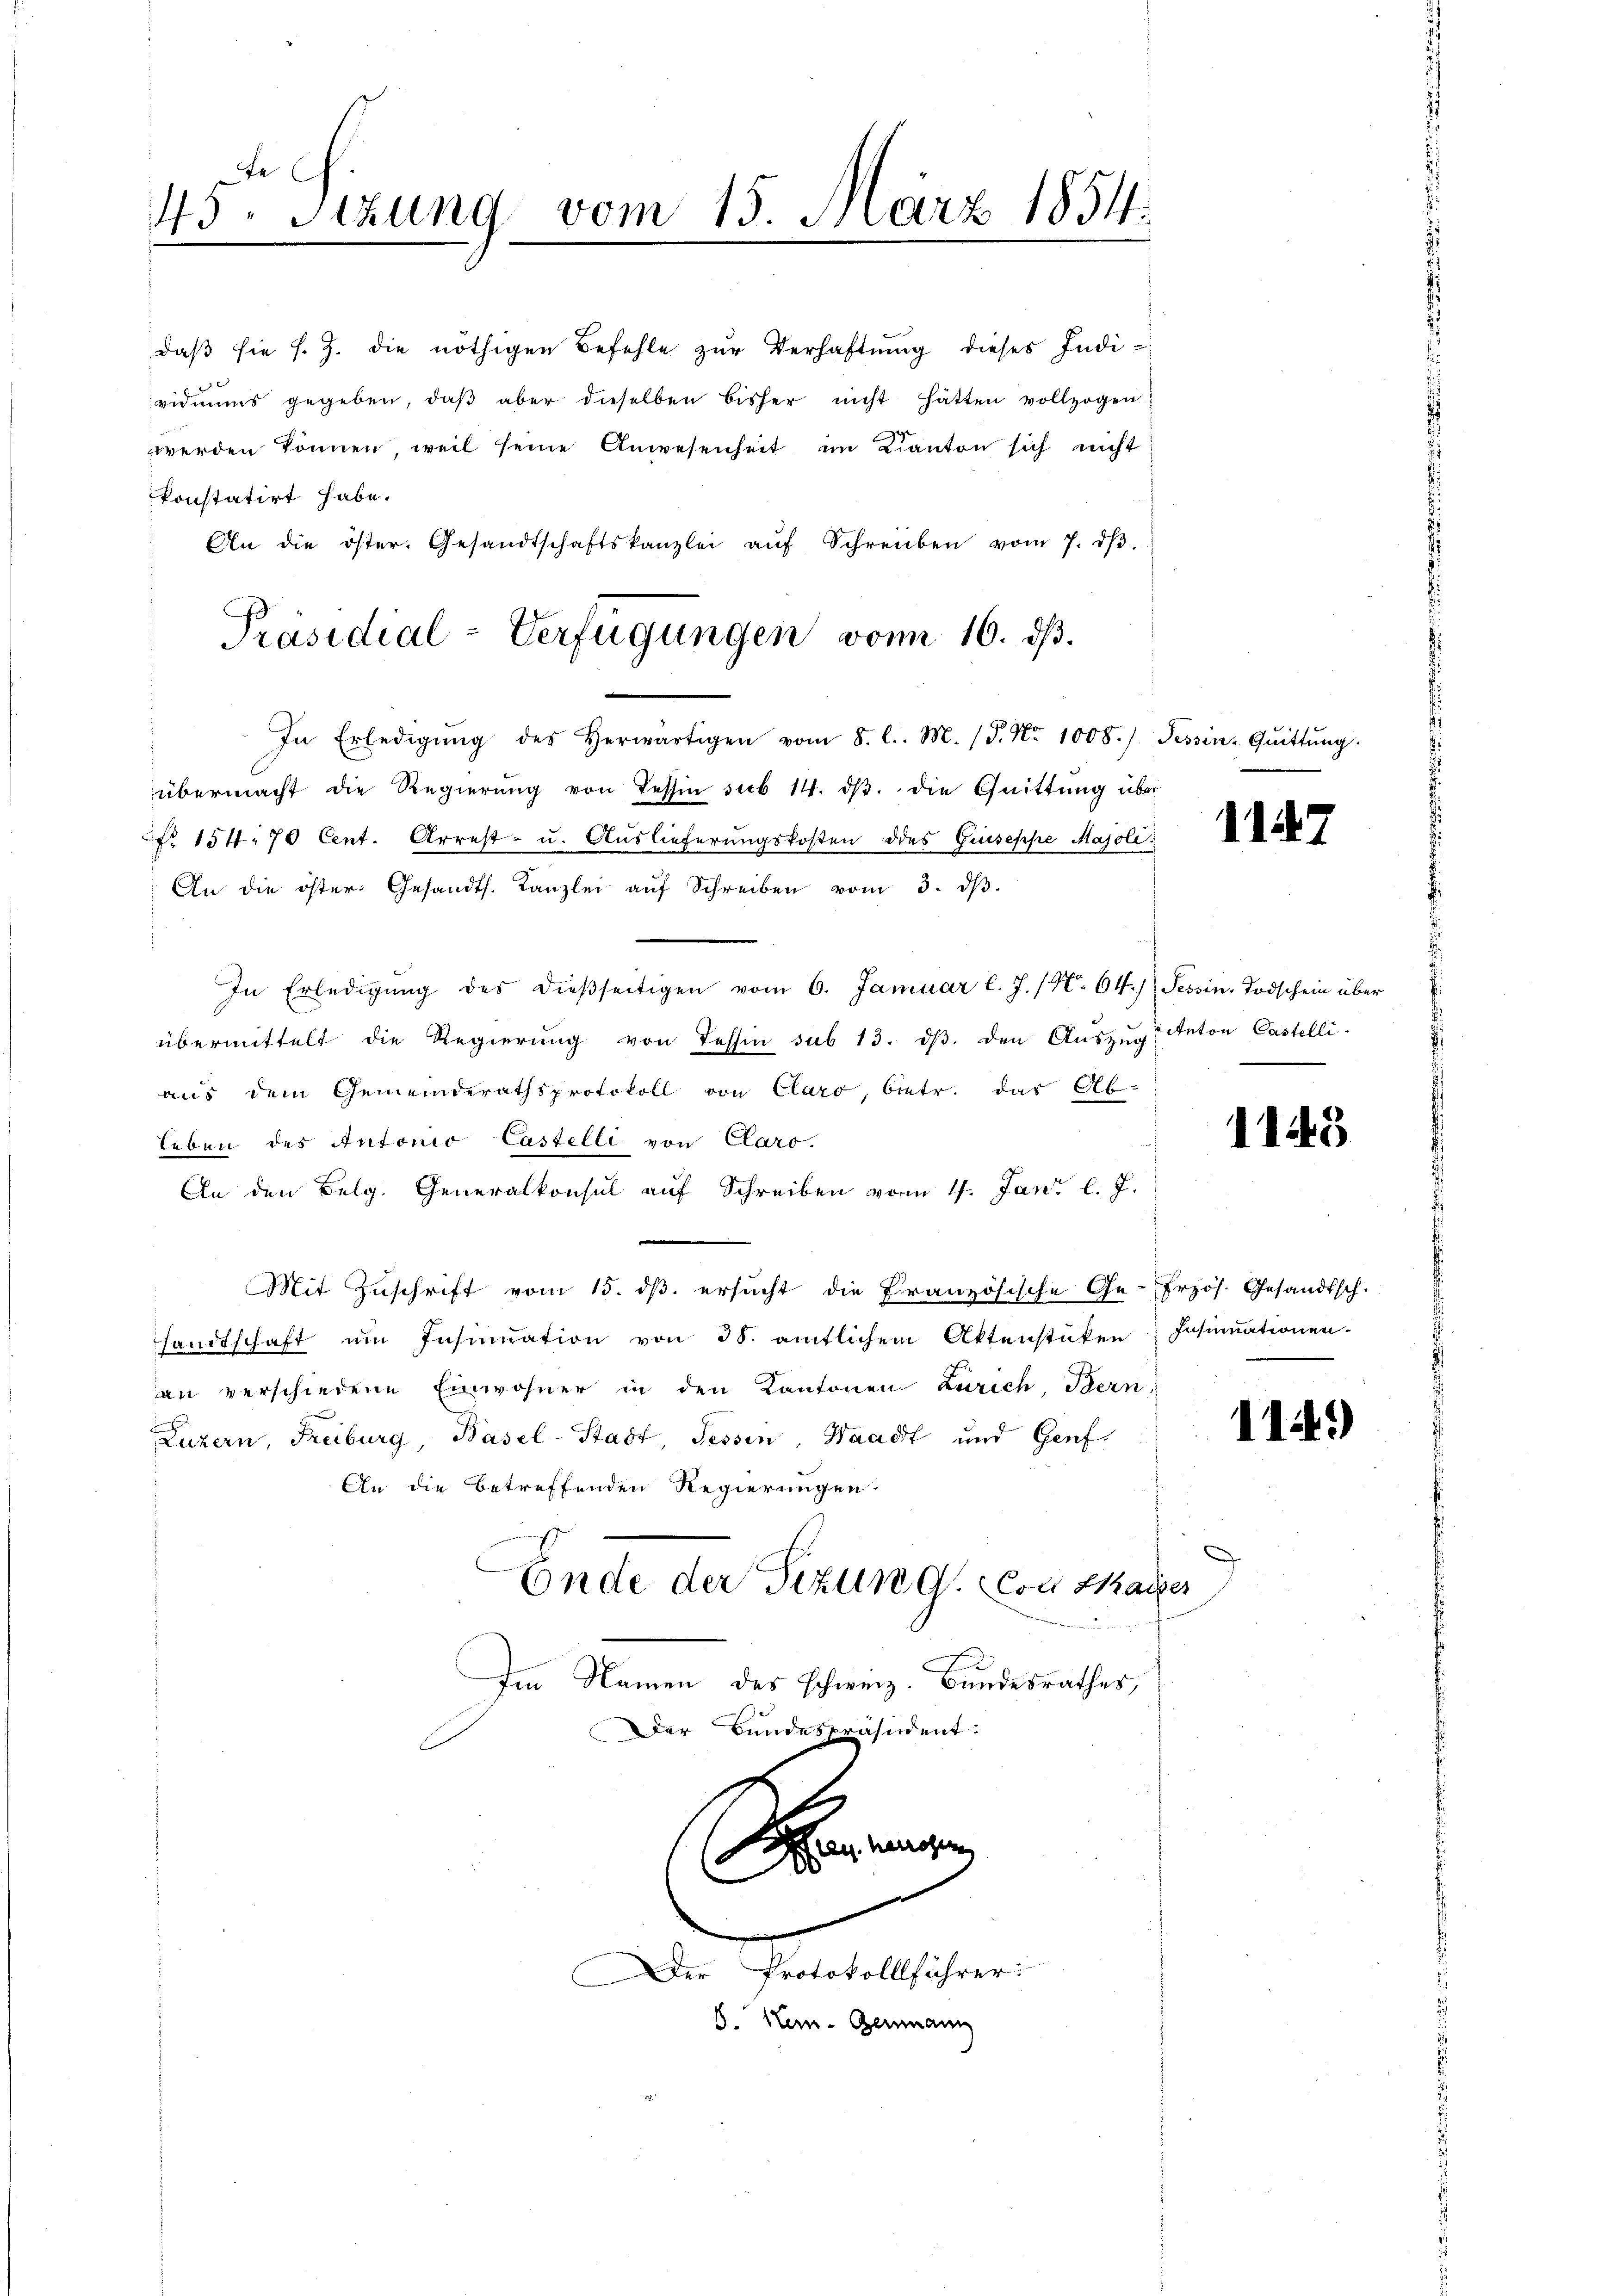
te
43. Sitzung vom 15. März 1854.
e

In Erledigŭng des herwärtigen vom 8. l. M. (S. Nr. 1008.) Tessin-Qŭittŭng.
übermacht die Regierŭng von Tessin sub 14. dβ die Quittung über
Fr. 154. 70 Cent. Arrest- u. Auslieferungskosten des Giuseppe Majoli
An die öster. Gesandts. Kanzlei aŭf Schreiben vom 3. dβ.
In Erledigŭng des dieβseitigen vom 6. Januar l. J. (4. 64.) (Tessin. Todschein über
übermittelt die Regierŭng von Tessin sub 13. dβ. den Aŭszŭg Anton Castelli
aus dem Gemeinderathsprotokoll von Claro, betr. das Ab-
Leben des Antonio Castelli von Claro.
An den Belg. Generalkonsul auf Schreiben vom 17. Juni l. J.
|
Mit Zuschrift vom 15. dβ. ersucht die Französische Ge-Frzös. Gesandtsch.
sandtschaft ŭm Insinuation von 38. amtlichem Aktenstüken Insinuationen-
an verschiedene Einwohner in den Kantonen Zürich, Bern,
Luzern, Freiburg, Basel-Stadt, Tessin, Waadt und Genf
An die betreffenden Regierungen
Ende der Sizung. Von Skaiser
Im Namen des schweiz. Bundesrathes,
Der Bundespräsident.
an eingen
.
n
n
er Protokolllführer:
8. Hen-Germann

daβ sie s. Z. die nöthigen Befehle zŭr Verhaftung dieses Indi-
vidmuns gegeben, daβ aber dieselben bisher nicht hätten vollzogen
werden können, weil seine Anwesenheit im Kanton sich nicht
konstatirt habe.
An die öster. Gesandtschaftskanzlei aŭf Schreiben vom 7. dβ.

Präsidial-Verfügungen vom 16. ds.

e

1145

114.)